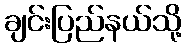
ချင်းပြည်နယ်သို့